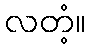
လတံ့။